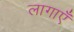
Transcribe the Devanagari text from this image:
लागाएँ